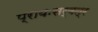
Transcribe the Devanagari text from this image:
प्रायःसर्वत्र